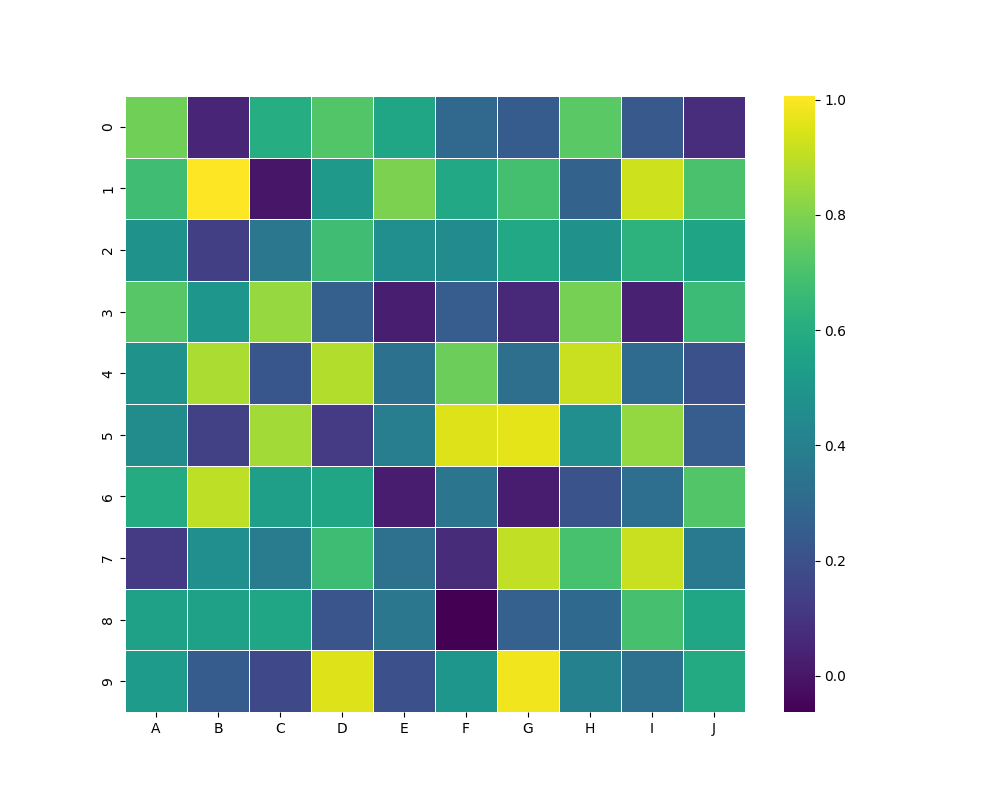
python, seaborn, heatmap, cmap='viridis', linewidths=0.5, center=none